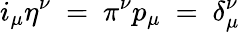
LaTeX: i_{\mu}\eta^{\nu}~=~\pi^{\nu}p_{\mu}~=~\delta_{\mu}^{\nu}